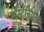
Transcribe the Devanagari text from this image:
सेन्टेनियल